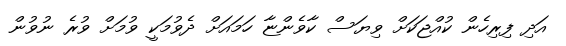
އަދި ފިރިހެން ކުއްޖަކަށް ވިޔަސް ކާވެންޏާ ހަމައަށް ދެވުމަކީ ވުމަށް ވުރެ ނުވުން